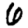
Digit: 6